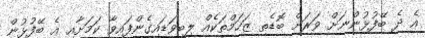
އެ ދެ ބޭފުޅުންނަށް ވަރަށް ބޮޑެތި ޒަހަމްތަކެއް ލިބިވަޑައިގެންފައިވާ ކަމަށާއި އެ ބޭފުޅުން